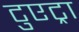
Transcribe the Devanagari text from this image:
टुएट्रा